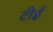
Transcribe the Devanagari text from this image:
टीई